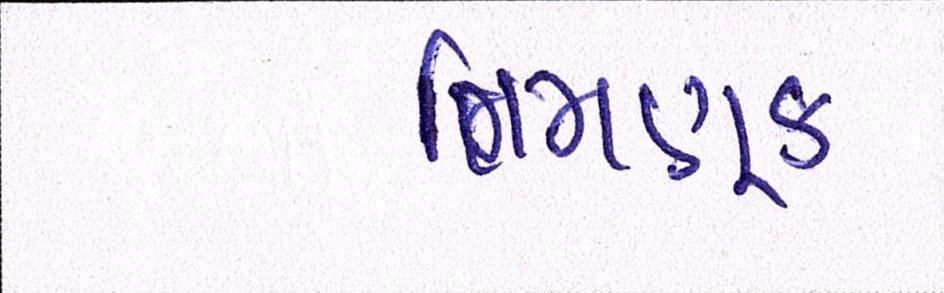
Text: નિમણુક